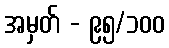
အမှတ် - ၉၅/၁၀၀